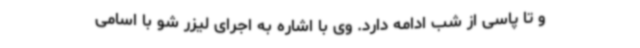
و تا پاسی از شب ادامه دارد. وی با اشاره به اجرای لیزر شو با اسامی